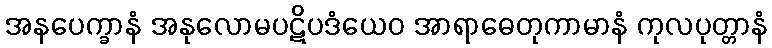
အနပေက္ခာနံ အနုလောမပဋိပဒံယေဝ အာရာဓေတုကာမာနံ ကုလပုတ္တာနံ